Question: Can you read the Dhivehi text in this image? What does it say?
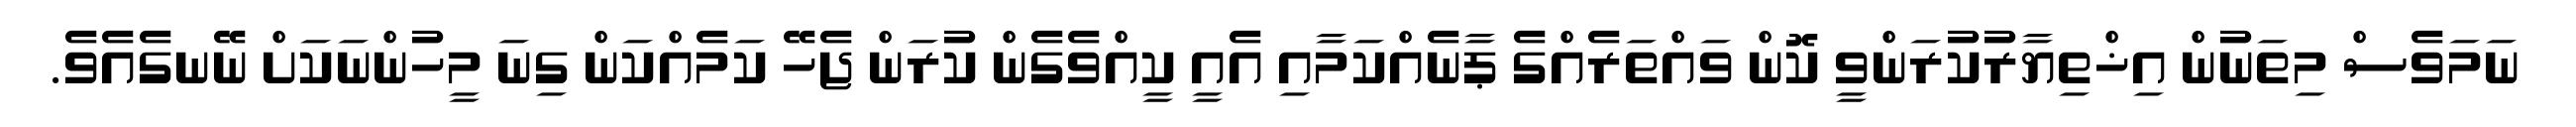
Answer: ނަމަވެސް މިތަނުން އިޚްތިޔާރުކުރަންވީ ކޮން ވައްތަރެއްގެ ޕާނެއްކަމާއި އެއީ ކީއްވެގެން ކުރަން ޖެހޭ ކަމެއްކަން ގިނަ މީހުންނަކަށް ނޭނގެއެވެ.